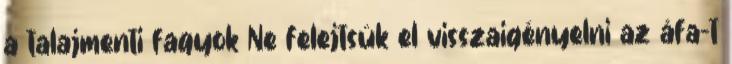
a talajmenti fagyok Ne felejtsük el visszaigényelni az áfa-t